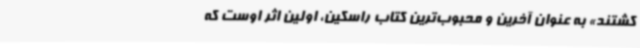
کشتند» به عنوان آخرین و محبوب‌ترین کتاب راسکین، اولین اثر اوست که